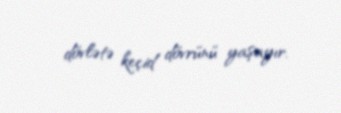
dövlətə keçid dövrünü yaşayır.